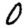
Digit: 0